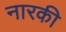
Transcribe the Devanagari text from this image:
नारकी